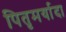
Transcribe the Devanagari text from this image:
पितृमर्यादा